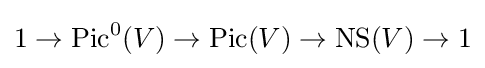
1\to \mathrm {Pic} ^{0}(V)\to \mathrm {Pic} (V)\to \mathrm {NS} (V)\to 1